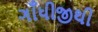
ગાઁધીજીથી